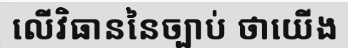
លើវិធាននៃច្បាប់ ថាយើង